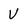
Character: V